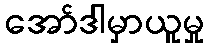
အော်ဒါမှာယူမှု